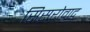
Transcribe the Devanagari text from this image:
सिसरोवाद